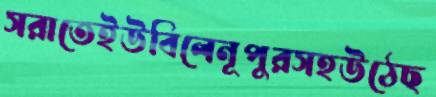
সরাতেইউবিলেনূপুরসহউঠেছ